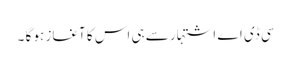
سی ڈی اے اشتہار سے ہی اس کا آغاز ہو گا ۔